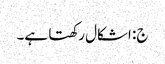
ج: اشکال رکھتا ہے۔